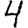
Digit: 4